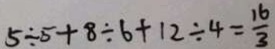
5 \div 5 + 8 \div 6 + 1 2 \div 4 = \frac { 1 6 } { 3 }